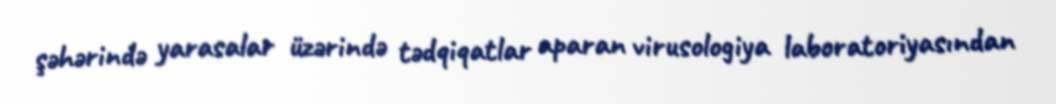
şəhərində yarasalar üzərində tədqiqatlar aparan virusologiya laboratoriyasından